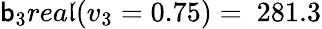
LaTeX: \mathsf{b}_{3}rea\mathfrak{l}(v_{3}=0.75)=\ 281.3